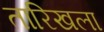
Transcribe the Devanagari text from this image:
तारिखला